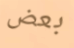
بعض